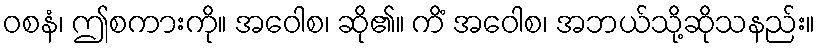
ဝစနံ၊ ဤစကားကို။ အဝေါစ၊ ဆို၏။ ကိံ အဝေါစ၊ အဘယ်သို့ဆိုသနည်း။